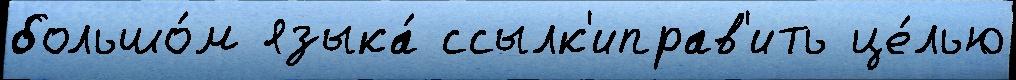
большо́м языка́ ссылк'иправ'ить це́лью